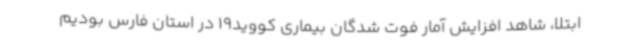
ابتلا، شاهد افزایش آمار فوت شدگان بیماری کووید19 در استان فارس بودیم